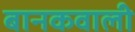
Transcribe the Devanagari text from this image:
बानकवाली